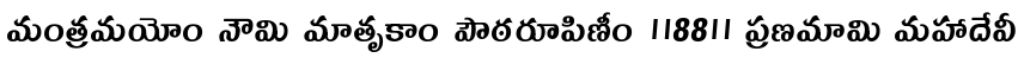
మంత్రమయోం నౌమి మాతృకాం పౌఠరూపిణీం ॥88॥ ప్రణమామి మహాదేవీ